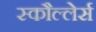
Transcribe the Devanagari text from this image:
स्कौल्लेर्स